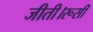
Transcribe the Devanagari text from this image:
जीती।रूसी